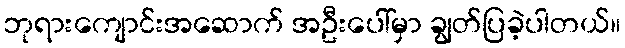
ဘုရားကျောင်းအဆောက် အဦးပေါ်မှာ ချွတ်ပြခဲ့ပါတယ်။